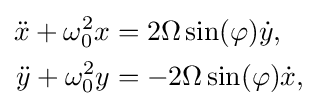
{\begin{aligned}{\ddot {x}}+\omega _{0}^{2}x&=2\Omega \sin(\varphi ){\dot {y}},\\{\ddot {y}}+\omega _{0}^{2}y&=-2\Omega \sin(\varphi ){\dot {x}},\end{aligned}}